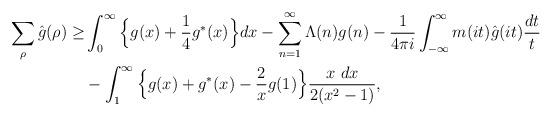
LaTeX: \begin{align*}\sum_{\rho}\hat{g}(\rho)\geq &\int_{0}^\infty \Big\{g(x)+\frac{1}{4}g^*(x)\Big\}dx -\sum_{n=1}^\infty \Lambda(n)g(n)-\frac{1}{4\pi i}\int^\infty_{-\infty}m(it)\hat{g}(it)\frac{dt}{t}\\&-\int_1^\infty \Big\{g(x)+g^*(x)-\frac{2}{x}g(1)\Big\}\frac{x\ dx}{2(x^2-1)},\end{align*}